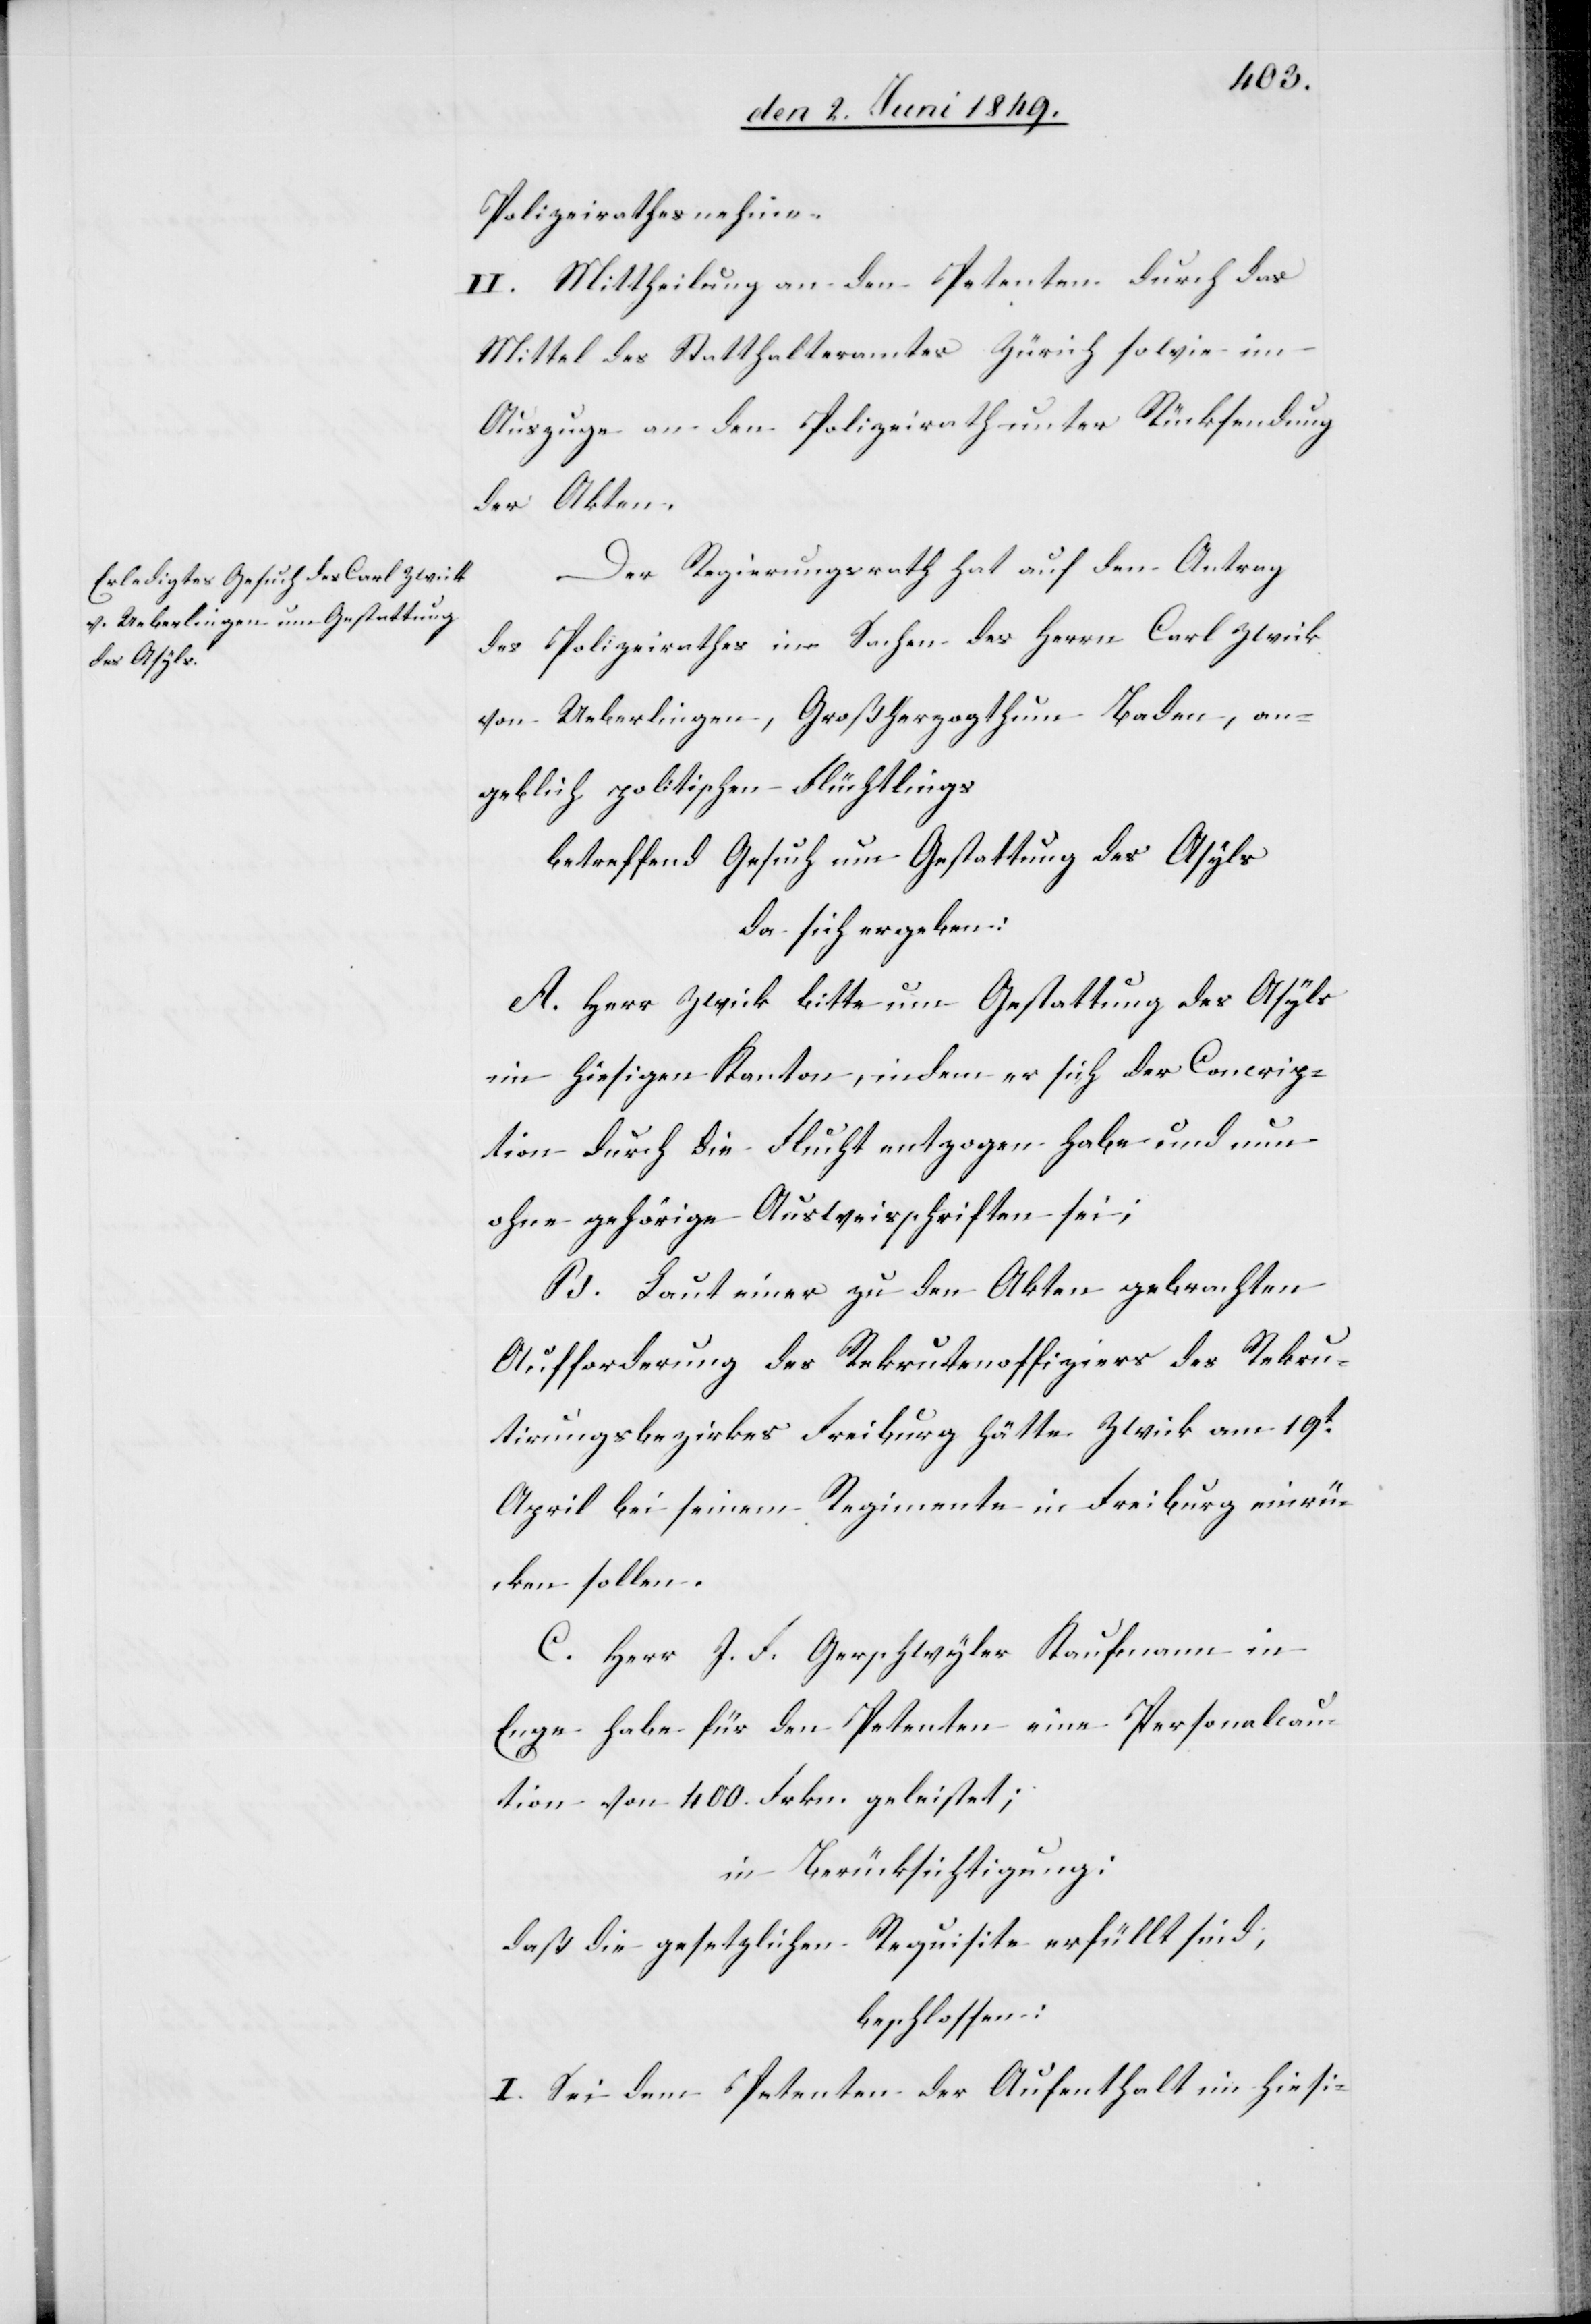
Polizeirathes nehme.
II. Mittheilung an den Petenten durch das
Mittel des Statthalteramtes Zürich sowie im
Auszuge an den Polizeirath unter Rücksendung
der Akten.
Der Regierungsrath hat auf den Antrag
des Polizeirathes in Sachen des Herrn Carl Zwick
von Ueberlingen, Großherzogthum Baden, an¬
geblich politischen Flüchtlings
betreffend Gesuch um Gestattung des Asyls
da sich ergeben:
A. Herr Zwick bitte um Gestattung des Asyls
im hiesigen Kanton, indem er sich der Concrip¬
tion durch die Flucht entzogen habe und nun
ohne gehörige Ausweisschriften sei;
B. Laut einer zu den Akten gebrachten
Aufforderung des Rekrutenoffiziers des Rekru¬
tirungsbezirkes Freiburg hätte Zwick am 19t
April bei seinem Regimente in Freiburg einrü¬
cken sollen.
C. Herr J. F. Gerschwyler Kaufmann in
Enge habe für den Petenten eine Personalcau¬
tion von 400. Frkn. geleistet;
in Berücksichtigung:
daß die gesetzlichen Requisite erfüllt sind;
beschlossen:
I. Sei dem Petenten der Aufenthalt im hiesi-